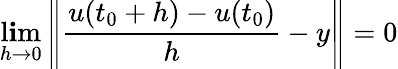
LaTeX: \operatorname*{l\mathbf{i}m}_{h\to0}\left\| {\frac{{u(t_{0}+h)-u(t_{0})}}{{h}}}-y\right\| =0